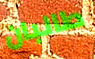
طالبان